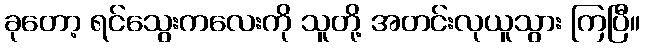
ခုတော့ ရင်သွေးကလေးကို သူတို့ အတင်းလုယူသွား ကြပြီ။